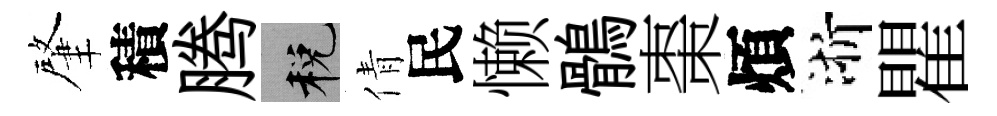
肇積腾税倩民懒鶻棗煩浙瞿